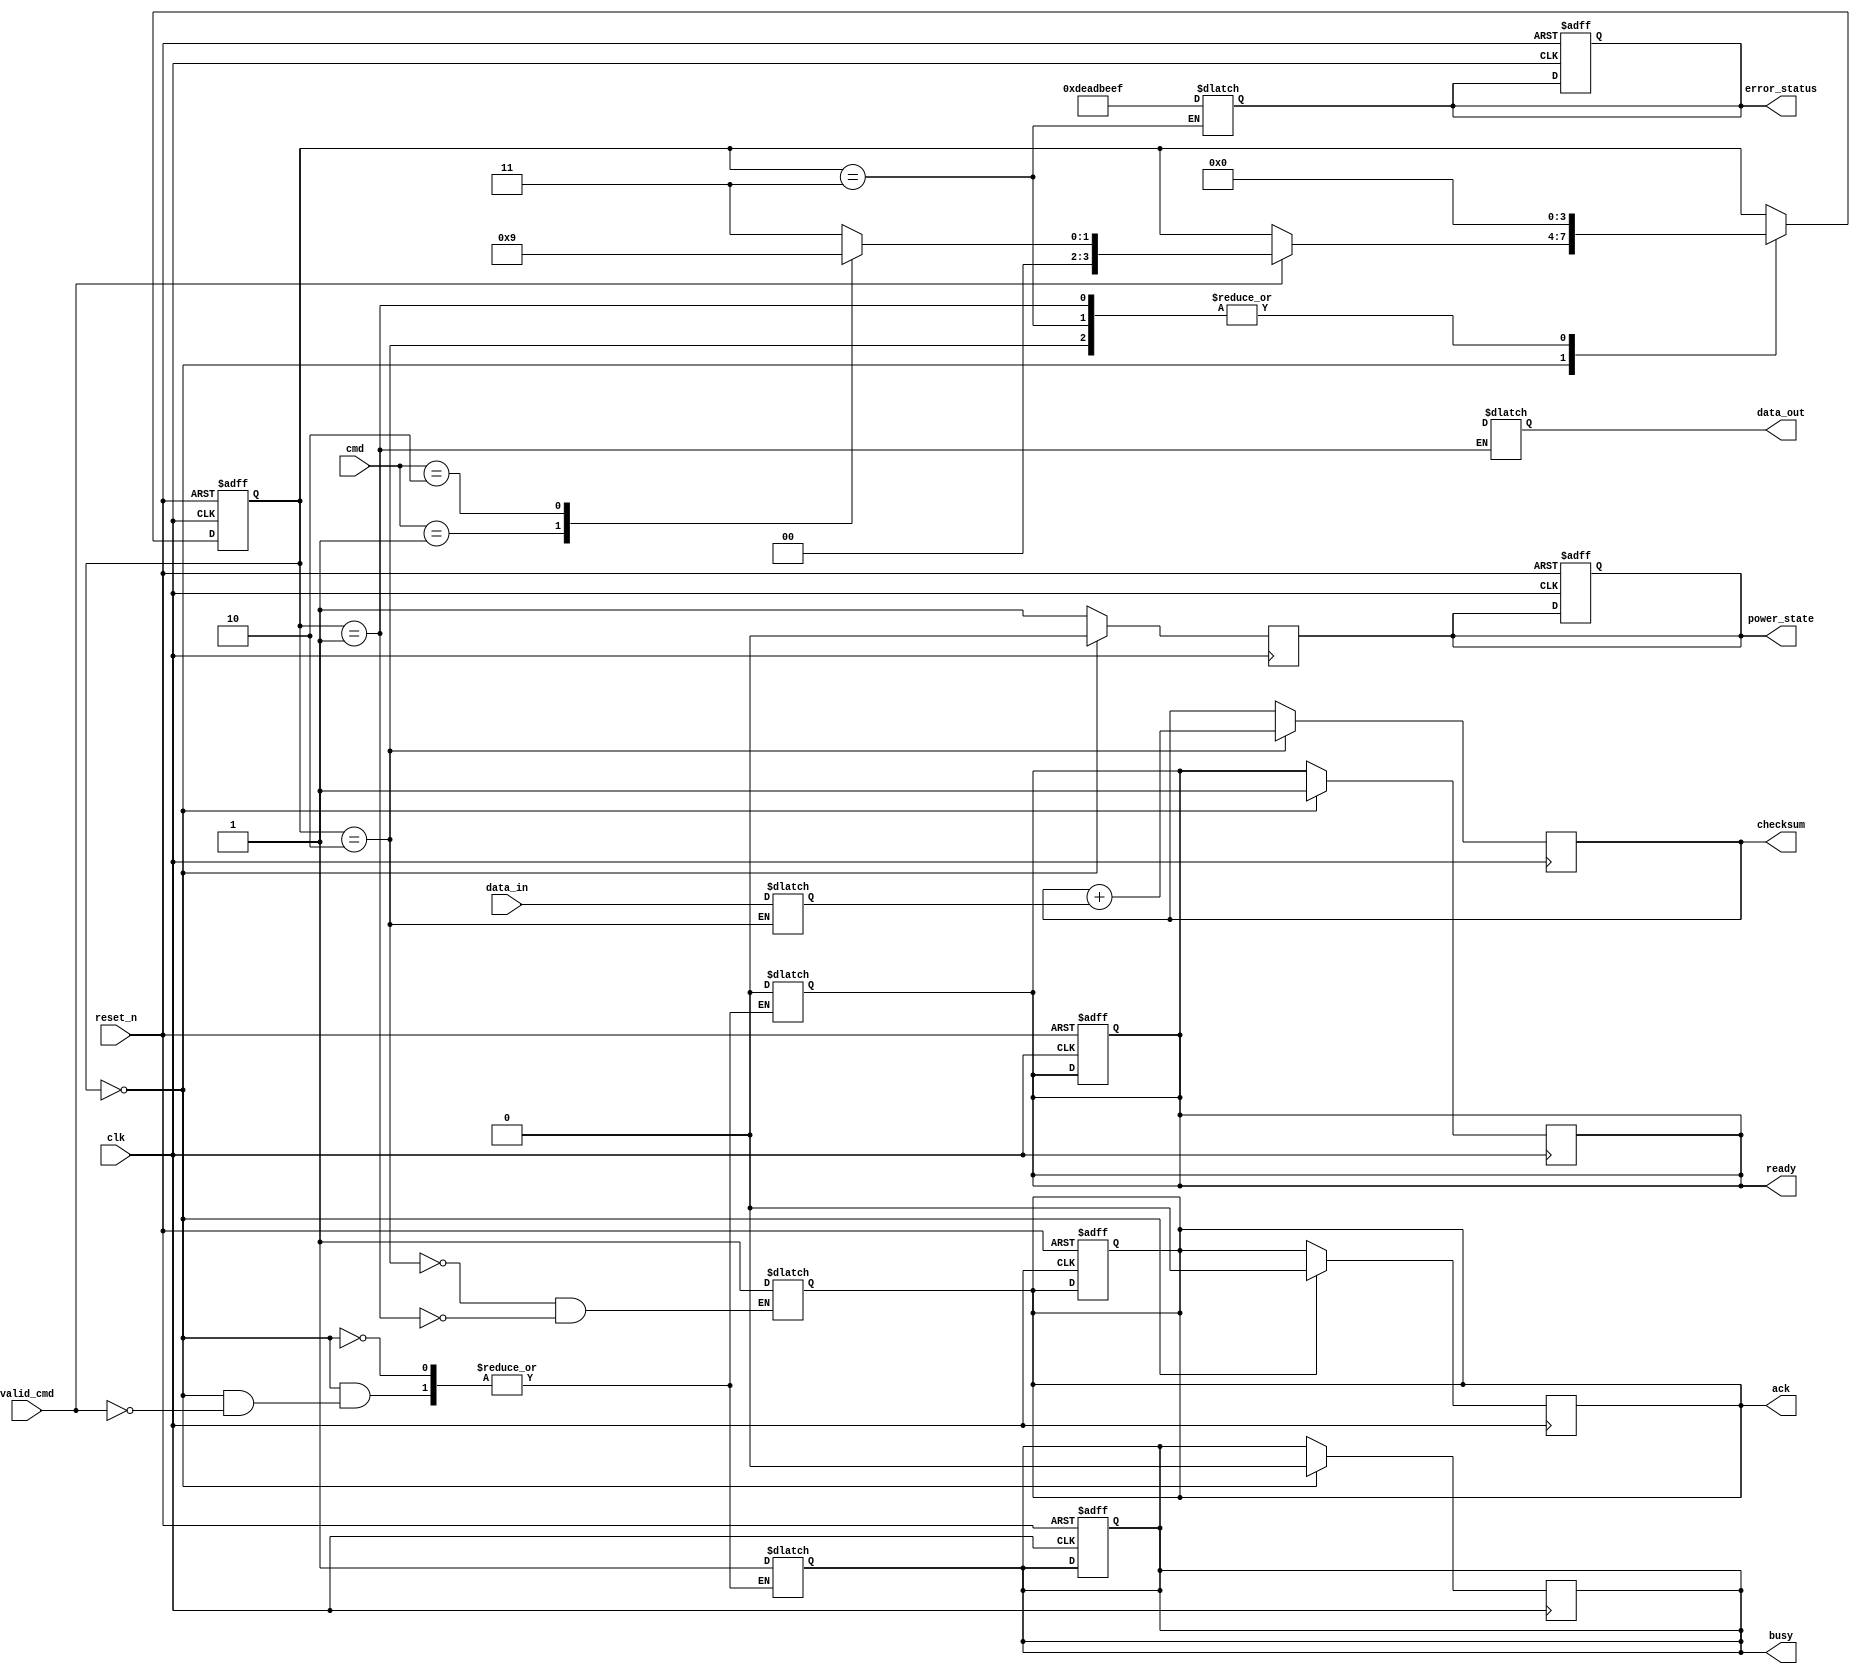
module SSD_IO_Block (
    input wire clk,                    // System Clock
    input wire reset_n,                // Active low reset
    input wire [31:0] data_in,         // Input data from host
    output reg [31:0] data_out,        // Output data to host
    input wire [15:0] cmd,             // Command lines from host
    input wire valid_cmd,              // Indicates valid command from host
    output reg ready,                  // Ready signal to host
    output reg busy,                   // Busy signal to host
    output reg ack,                    // Acknowledgment signal to host
    output reg [31:0] error_status,    // Error status
    output reg [31:0] checksum,         // Checksum for data integrity
    output reg power_state             // Power management signal
);

    // Internal signals
    reg [31:0] input_buffer;           // Input buffer for data
    reg [31:0] output_buffer;          // Output buffer for data
    reg [3:0] current_state;           // Current state for FSM
    reg [3:0] next_state;              // Next state for FSM

    // State encoding
    localparam IDLE        = 4'b0000;
    localparam READ_DATA   = 4'b0001;
    localparam WRITE_DATA  = 4'b0010;
    localparam ERROR       = 4'b0011;

    // FSM for command processing
    always @(posedge clk or negedge reset_n) begin
        if (!reset_n) begin
            current_state <= IDLE;
            ready <= 1'b1;
            busy <= 1'b0;
            ack <= 1'b0;
            error_status <= 32'b0;
            power_state <= 1'b1; // Assume powered on
        end else begin
            current_state <= next_state;
        end
    end

    always @(*) begin
        next_state = current_state;
        case (current_state)
            IDLE: begin
                if (valid_cmd) begin
                    busy = 1'b1;
                    ready = 1'b0;
                    // Decode command
                    case (cmd[15:0])
                        16'h0001: next_state = WRITE_DATA; // Write command
                        16'h0002: next_state = READ_DATA;  // Read command
                        default: next_state = ERROR;
                    endcase
                end
            end

            WRITE_DATA: begin
                input_buffer = data_in; // Store incoming data
                // Data writing logic goes here
                ack = 1'b1; // Acknowledge write
                next_state = IDLE;
            end

            READ_DATA: begin
                data_out = output_buffer; // Load data to output
                // Data reading logic goes here
                ack = 1'b1; // Acknowledge read
                next_state = IDLE;
            end

            ERROR: begin
                error_status = 32'hDEAD_BEEF; // Example error code
                // Error handling logic goes here
                next_state = IDLE;
            end
        endcase
    end

    // Handshaking logic
    always @(posedge clk) begin
        if (current_state == IDLE) begin
            ack <= 1'b0;
            busy <= 1'b0;
            ready <= 1'b1;
        end
    end

    // Checksum calculation logic (simple example)
    always @(posedge clk) begin
        if (current_state == WRITE_DATA) begin
            checksum <= checksum + input_buffer; // Simple checksum
        end
    end

    // Power management logic
    always @(posedge clk) begin
        if (current_state == IDLE) begin
            power_state <= 1'b0; // Low power state
        end else begin
            power_state <= 1'b1; // Active state
        end
    end

endmodule